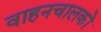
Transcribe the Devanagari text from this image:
वाहनचालकों